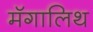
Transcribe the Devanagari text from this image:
मॅगालिथ